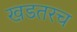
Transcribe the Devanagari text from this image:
खडतरच